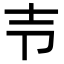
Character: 壭